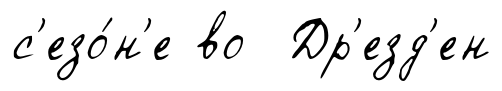
с'езо́н'е во Др'езд'ен